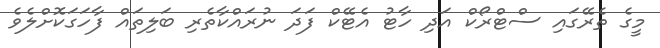
މީގެ ތެރޭގައި ސްޓްރޯކް އަދި ހާޓު އެޓޭކް ފަދަ ނުރައްކާތެރި ބަލިތައް ފާހަގަކޮށްލެވެ